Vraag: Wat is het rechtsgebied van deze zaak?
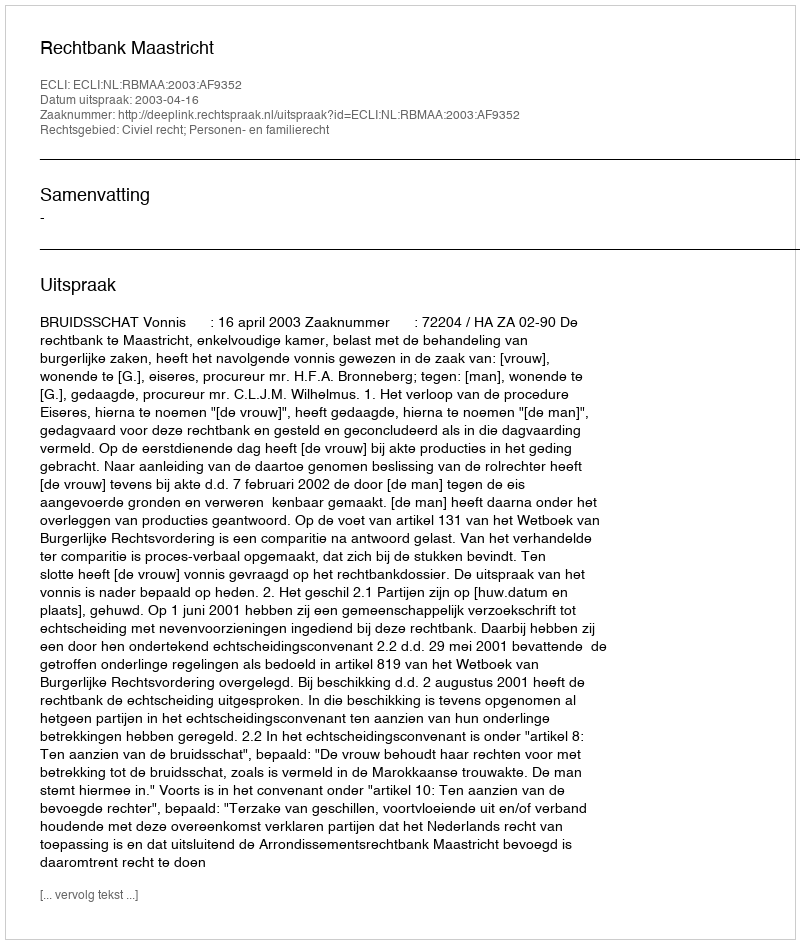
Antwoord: Civiel recht; Personen- en familierecht